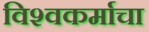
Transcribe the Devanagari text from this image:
विश्‍वकर्माचा